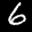
Label: 6